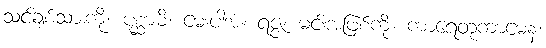
သင်ချစ်သားကို။ ပုစ္ဆာမိ၊ မေးပါအံ့။ ရဇ္ဇံ၊ မင်းအဖြစ်ကို။ ကာရေတုကာမေန၊